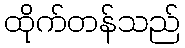
ထိုက်တန်သည်